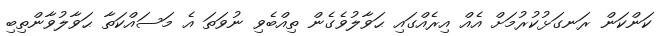
ކަންކަން ރަނގަޅުކުރުމަށް އެއް އިރެއްގައި ޙަވާލުވެގެން ތިއްބެވި ނުވަތަ އެ މަސައްކަތާ ޙަވާލުވާންތިބި